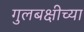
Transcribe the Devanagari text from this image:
गुलबक्षीच्या